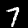
Label: 7